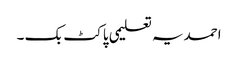
احمدیہ تعلیمی پاکٹ بک ۔